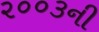
૨૦૦૩ની